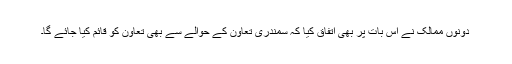
دونوں ممالک نے اس بات پر بھی اتفاق کیا کہ سمندری تعاون کے حوالے سے بھی تعاون کو قائم کیا جائے گا۔